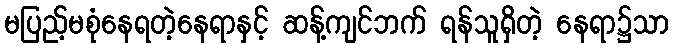
မပြည့်မစုံနေရတဲ့နေရာနှင့် ဆန့်ကျင်ဘက် ရန်သူရှိတဲ့ နေရာ၌သာ